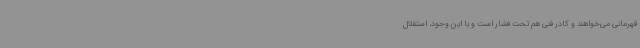
قهرمانی می‌خواهند و کادر فنی هم تحت فشار است و با این وجود، استقلال